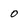
Character: 0